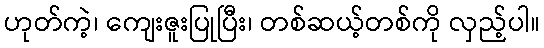
ဟုတ်ကဲ့၊ ကျေးဇူးပြုပြီး၊ တစ်ဆယ့်တစ်ကို လှည့်ပါ။